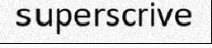
superscrive